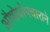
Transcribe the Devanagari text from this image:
औषोधोपचाराने